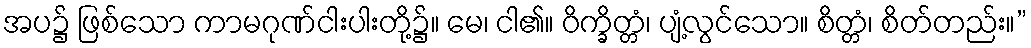
အပ၌ ဖြစ်သော ကာမဂုဏ်ငါးပါးတို့၌။ မေ၊ ငါ၏။ ဝိက္ခိတ္တံ၊ ပျံ့လွင်သော။ စိတ္တံ၊ စိတ်တည်း။”